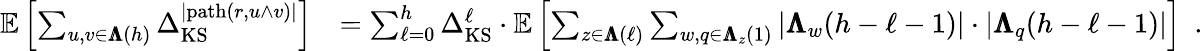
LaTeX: \begin{array}{rl}{\mathbb{E}\left[\sum_{u,v\in{\pmb{\Lambda}}(h)}\Delta_{\mathrm{KS}}^{|\mathrm{path}(r,u\wedge v)|}\right]}&{=\sum_{\ell=0}^{h}\Delta_{\mathrm{KS}}^{\ell}\cdot{\mathbb{E}\left[\sum_{z\in{\pmb{\Lambda}}(\ell)}\sum_{w,q\in{\pmb{\Lambda}}_{z}(1)}|{\pmb{\Lambda}}_{w}(h-\ell-1)|\cdot|{\pmb{\Lambda}}_{q}(h-\ell-1)|\right]}\enspace.}\end{array}